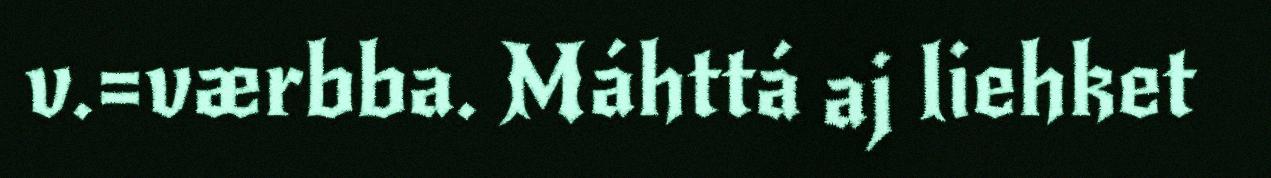
v.=værbba. Máhttá aj liehket